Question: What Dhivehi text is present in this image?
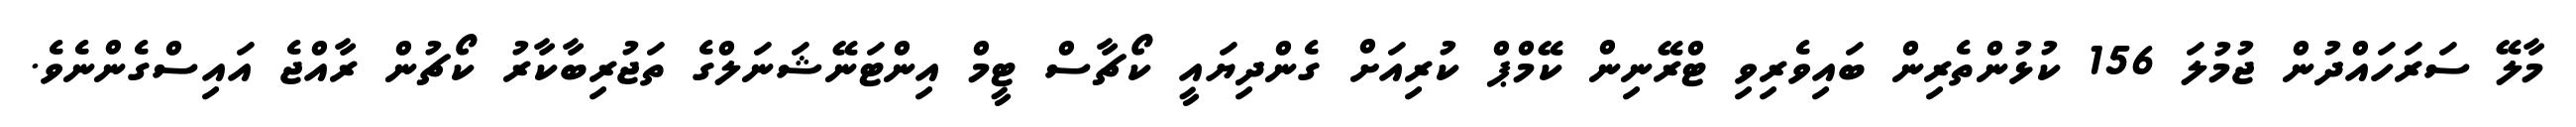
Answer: މާލޭ ސަރަހައްދުން ޖުމުލަ 156 ކުޅުންތެރިން ބައިވެރިވި ޓްރޭނިން ކޭމްޕް ކުރިއަށް ގެންދިޔައީ ކޯޗާސް ޓީމް އިންޓަނޭޝަނަލްގެ ތަޖުރިބާކާރު ކޯޗުން ރާއްޖެ އައިސްގެންނެވެ.